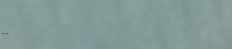
AutoRepair